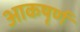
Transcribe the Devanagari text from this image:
आकषृर्ण